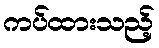
ကပ်ထားသည့်